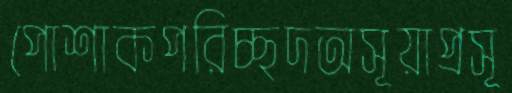
পোশাকপরিচ্ছদঅসূয়াপ্রসূ